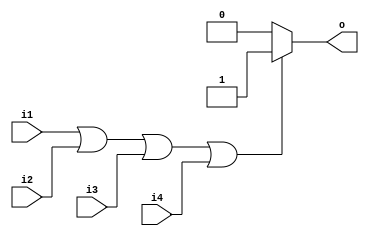
module four_input_OR_gate(
    input i1,
    input i2,
    input i3,
    input i4,
    output reg o
);

always @(*)
begin
    if(i1 || i2 || i3 || i4)
        o = 1;
    else
        o = 0;
end

endmodule